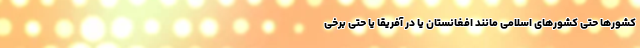
کشورها حتی کشورهای اسلامی مانند افغانستان یا در آفریقا یا حتی برخی